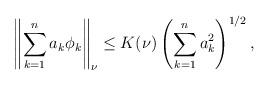
LaTeX: \begin{align*}\left\|\sum_{k=1}^n a_k\phi_k\right\|_\nu \le K(\nu) \left(\sum_{k=1}^na_k^2\right)^{1/2},\end{align*}